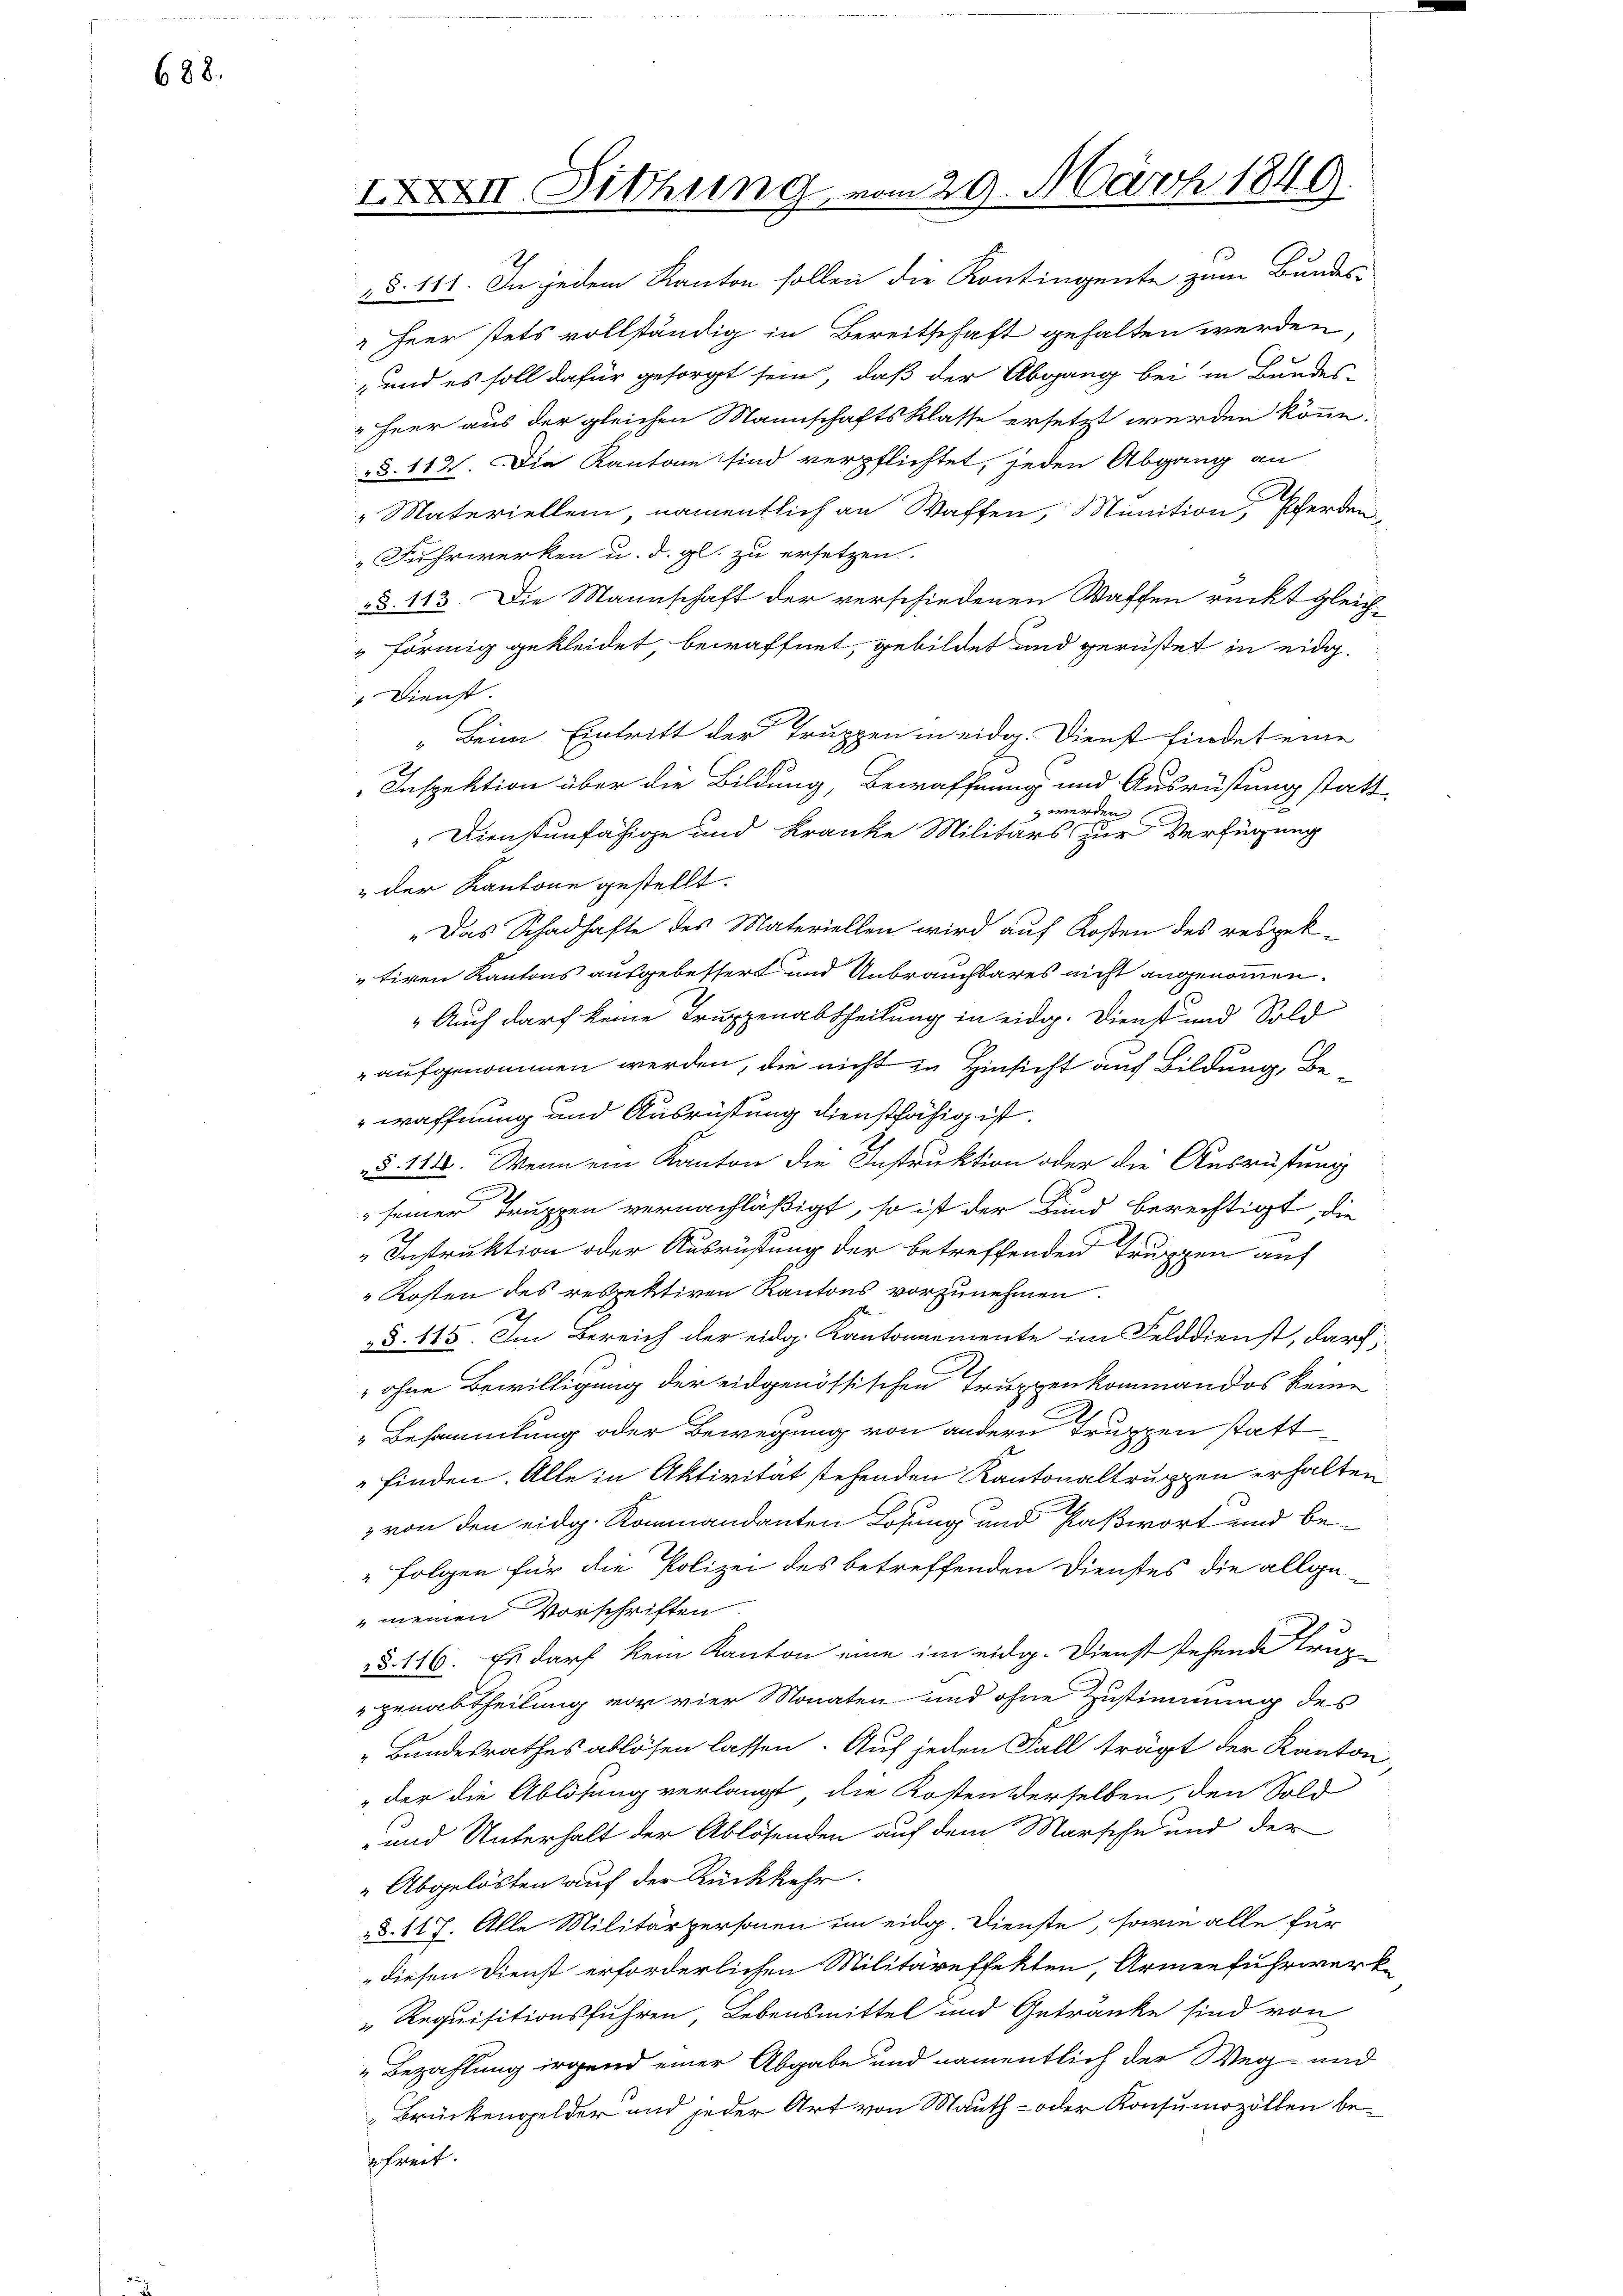
688.

" Fuhrwerken u. d. gl. zu ersetzen.

XXII. Sitzung vom 29. März 1849.

„§. 141. In jedem Kanton sollen die Kontingente zum Bundes-
 Heer stets vollständig in Bereitschaft gehalten werden
,und es soll dafür gesorgt sein, daß der Abgang bei in Bundes-
"Heer aus der gleichen Mannschaftsklasse ersetzt werden könne.
§. 112. Die Kantone sind verpflichtet, jeden Abgang an
" Materiellem, namentlich an Waffen, Munition, Herden
§. 113. Die Mannschaft der verschiedenen Waffen rückt gleich¬
 förmig gekleidet, bewaffnet, gebildet und gerüstet in eidg.
Dienst.
Beim Eintritt der Truppen in eidg. Dienst findet eine
Inspektion über die Bildung, Bewaffnung und Ausrüstung statt¬
 werden
Dienstunfähige und Kranke Militärs zur Verfügung
" der Kantone gestellt.
„Das Schadhafte des Materiellen wird auf Kosten des respektiven Kantons ausgebessert und Unbrauchbares nicht angenommen.
" Auch darf keine Truppenabtheilung in eidg. Dienst und Sold
" aufgenommen werden, die nicht in Hinsicht auf Bildung, Bewaffnung und Ausrüstung dienstfähig ist.
§. 118. Wenn ein Kanton die Instruktion oder die Ausrüstung
.
seiner Truppen vernachläßigt, so ist der Bund berechtigt, die
n
Instruktion oder Ausrüstung der betreffenden Truppen auf
 Kosten des redrektiven Kantons vorzunehmen.
§. 145. Im Bereich der eidg. Kantonnemente im Felddienst, darf,
 ohne Bewilligung der eidgenössischen Truppenkommandos keine
Besammlung oder Bewegung von andern Truppen stattfinden. Alle in Aktivität stehenden Kantonaltruppen erhalten
 von den eidg. Kommandanten Losung und Paßwort und be¬
 Folgen für die Polizei des betreffenden Dienstes die allge-
"meinen Vorschriften
§. 116. Es darf kein Kanton eine im eidg. Dienst stehende trug
genabtheilung vor vier Monaten und ohne Zustimmung des
„Bundesrathes ablösen lassen. Auf jeden Fall trägt der Kanton
" der die Ablösung verlangt, die Kosten derselben, den Sold
-und Unterhalt der Ablösenden auf dem Marsche und des
" Abgelösten auf der Rückkehr.
d. 117. Alle Militärpersonen im eidg. Dienste, sowie alle für
"diesen Dienst erforderlichen Militäreffekten, Armenfuhrwerk
" Requisitionsführen, Lebensmittel und Getränke sind von
"Bezahlung irgend einer Abgabe und namentlich der Weg- und
Brückengelder und jeder Art von Mauth- oder Konsumozöllen beefreit.